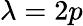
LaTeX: \lambda=2p